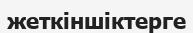
жеткіншіктерге